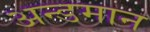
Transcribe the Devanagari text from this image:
अन्डमान